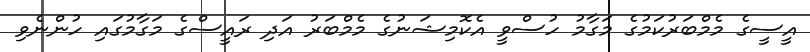
އީސީގެ މެމްބަރުކަމުގެ މަގާމު ހުސްވީ އެކޮމިޝަނުގެ މެމްބަރު އަދި ރައީސްގެ މަގާމުގައި ހުންނެވި